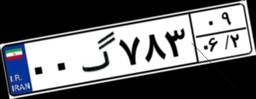
۰۰گ۷۸۳۰۹